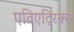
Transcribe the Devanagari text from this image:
एविएट्रिक्स